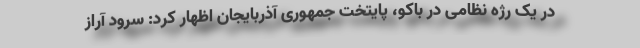
در یک رژه نظامی در باکو، پایتخت جمهوری آذربایجان اظهار کرد: سرود آراز